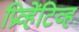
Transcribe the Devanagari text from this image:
प्रिव्हेंटिव्ह